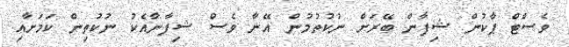
ވެސްޓް ޕާކުން ޝިފާން ބޭރަށް ނުކުތުމުން އޭނާ ވެސް ޝިފާނާއެކު ނުކުތިން ކަމަށާއި